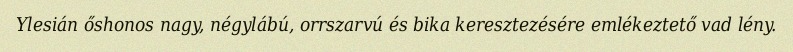
Ylesián őshonos nagy, négylábú, orrszarvú és bika keresztezésére emlékeztető vad lény.